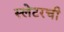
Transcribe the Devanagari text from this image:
स्लेटरची